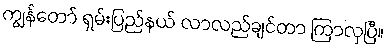
ကျွန်တော် ရှမ်းပြည်နယ် လာလည်ချင်တာ ကြာလှပြီ။